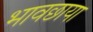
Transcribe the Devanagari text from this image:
भावछाया